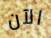
الآن